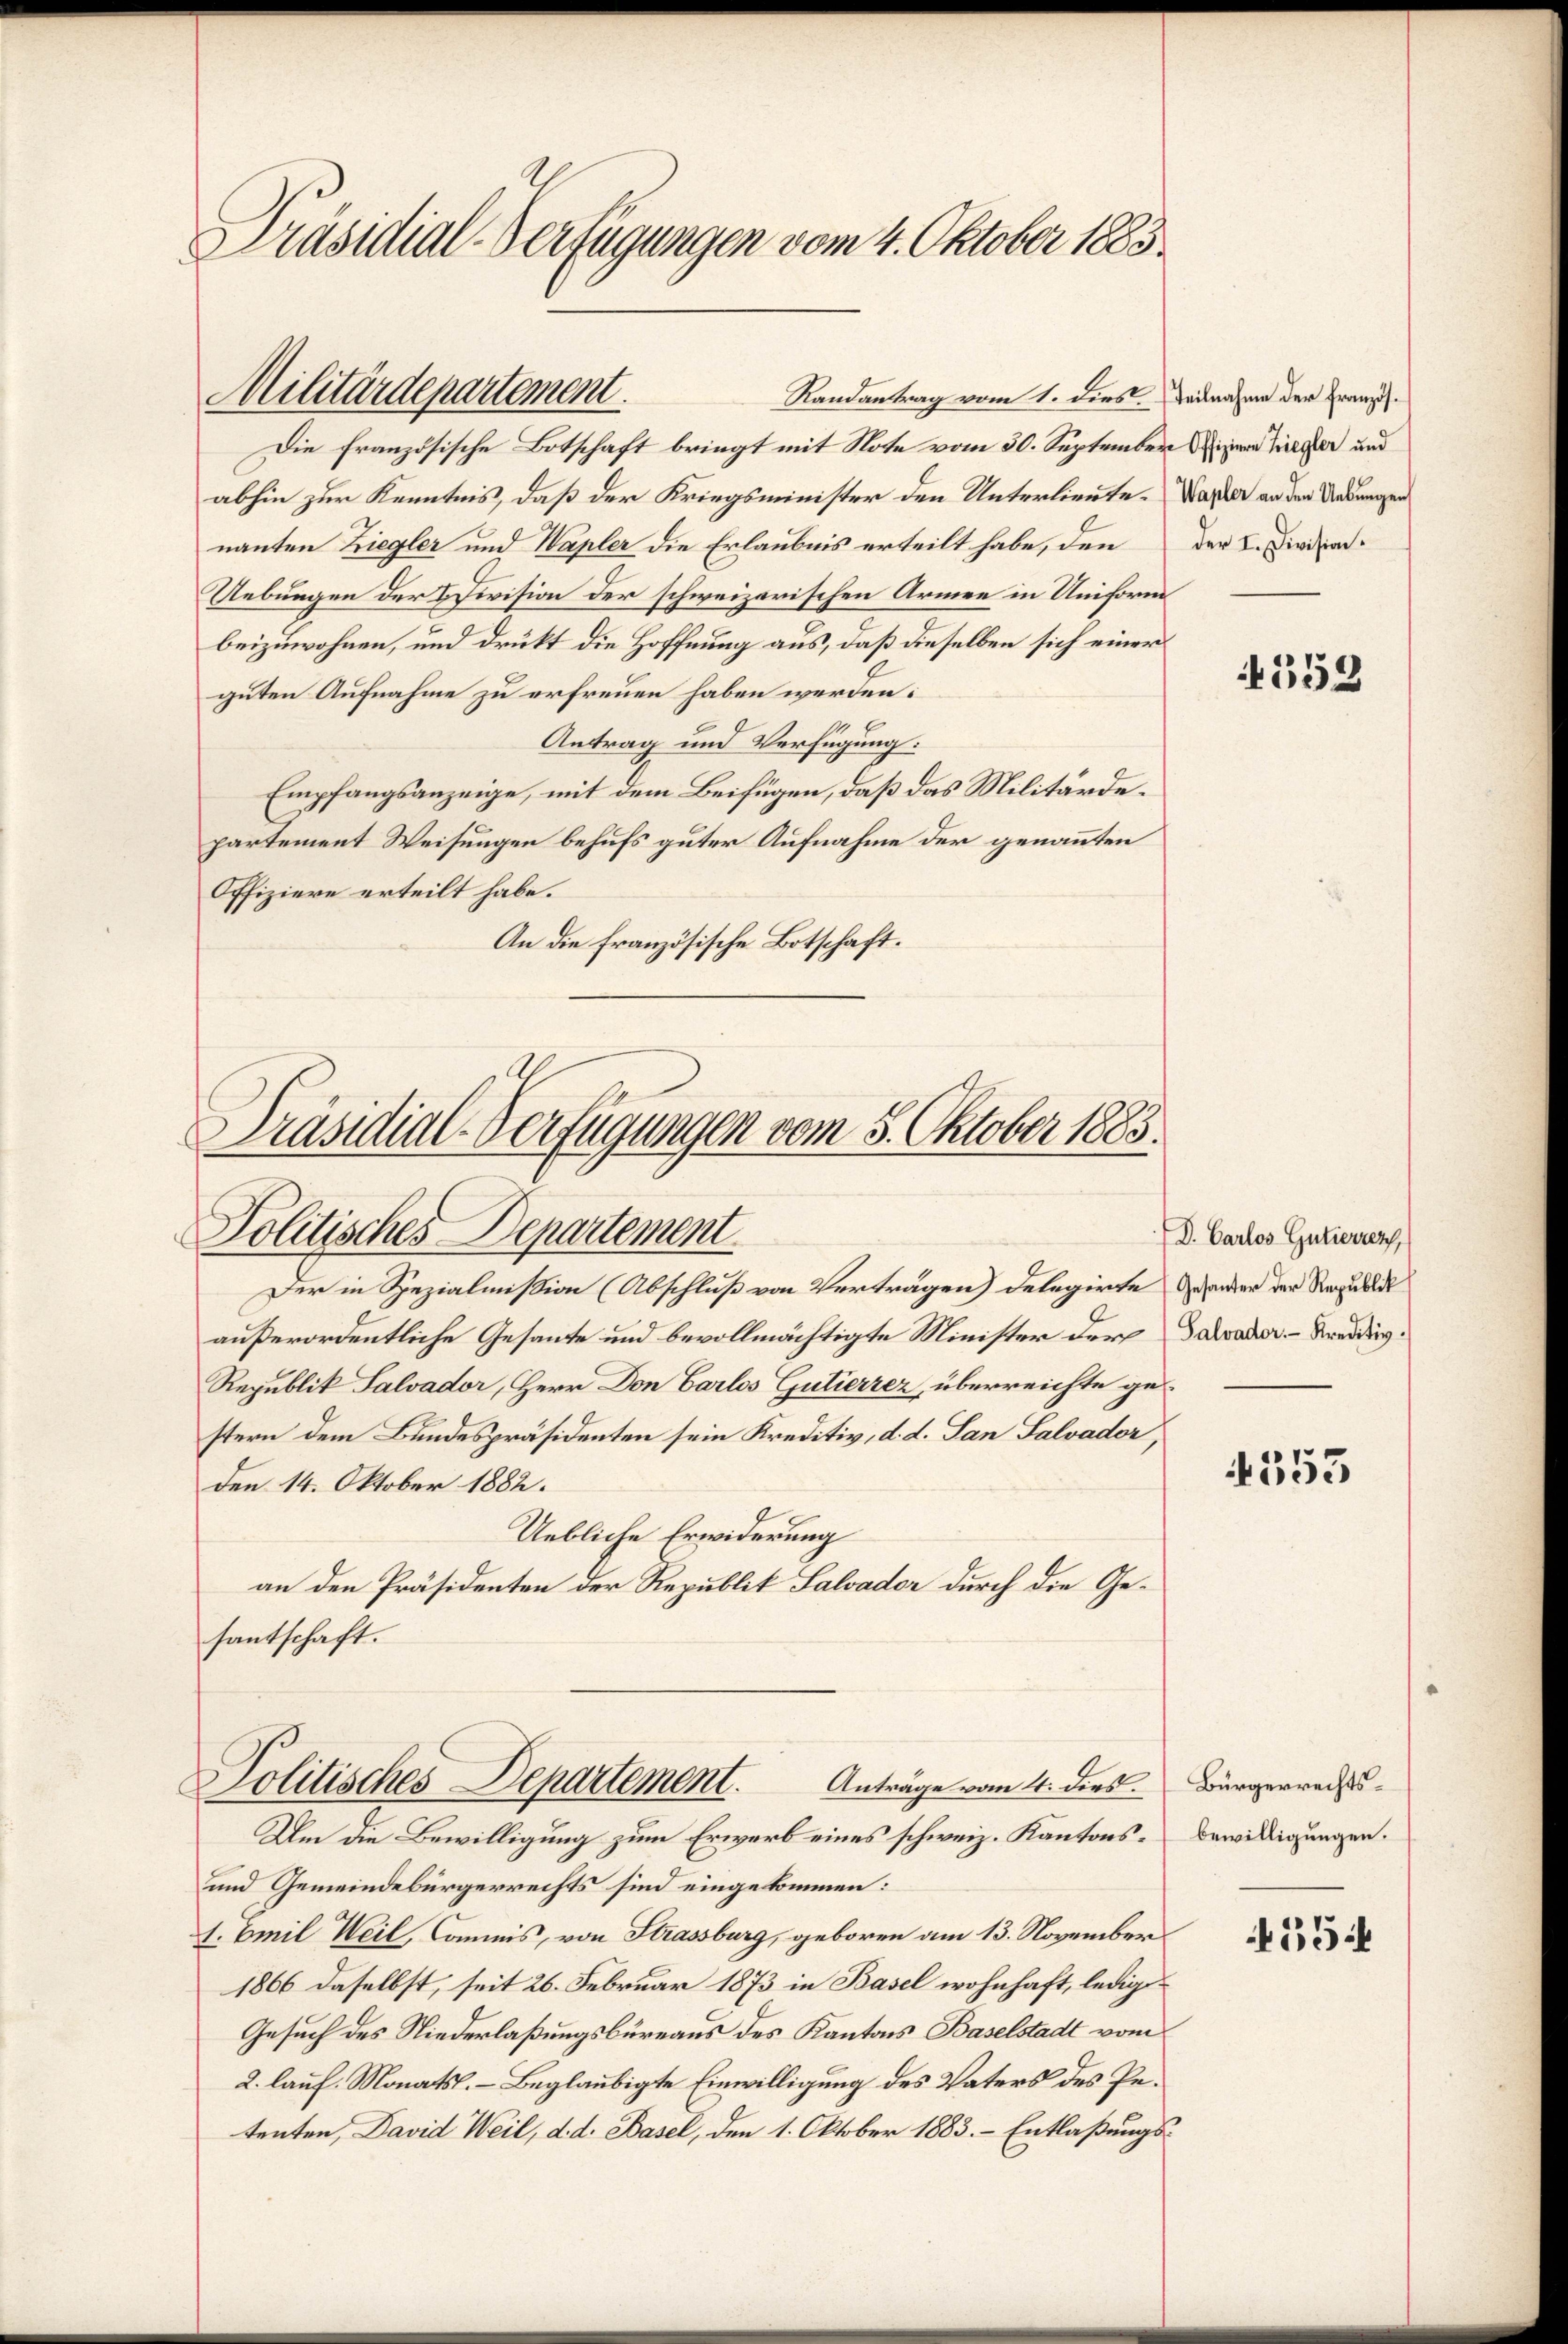
Präsidial-Verfügungen vom 4. Oktober 1883.

Die französische Botschaft bringt mit Note vom 30. September in lieger und
abhin zur Kenntnis, daß der Kriegsminister den Unterlieute. Wasser an der Uebungen
nanten Ziegler und Wapler die Erlaubnis erteilt habe, den
Uebungen der Division der schweizerischen Armee in Uniform
beizuwohnen, und drukt die Hoffnung aus, daß dieselben sich einer
guten Aufnahme zu erfreuen haben werden:
4
Antrag und Verfügung:
Empfangsanzeige, mit dem Beifügen, daß das Militärdepartement Weisungen behufs guter Aufnahme der genannten
Offiziere erteilt habe.
An die französische Botschaft.

Militärdepartement.
Randantrag vom 1. dies Teilnahme der Französ¬

Präsidial-Verfügungen vom 5. Oktober 1883.
Politisches Departement
Der in Spezialmißion (Abschluß von Vertragen) delegirte Gesander der Regulde

Politisches Departement. Anträge vom 4. dies Bürgerrechts¬
Um die Bewilligung zum Erwerb eines schweiz. Kantons-Bewilligungen.

und Gemeindebürgerrechts sind eingekommen:
1. Emil Weil, Commis, von Strassburg, geboren am 13. November
1866 daselbst, seit 26. Februar 1873 in Basel wohnhaft, ledig¬
Gesuch des Niederlaßungsbüreaus des Kantons Baselstadt vom
2. lauf. Monats. – Beglaubigte Einwilligung des Vaters des Petenten, David Weil, d. d. Basel, den 1. Oktober 1883. Entlaßungs¬

außerordentliche Gesante und bevollmächtigte Minister der akader Kredig¬
Republik Salvador, Herr Don Carlos Gutierrez, überreichte gestern dem Bundespräsidenten sein Kreditiv, d. d. San Salvader,
den 14. Oktober 1882.
Uebliche Erwiderung
an den Präsidenten der Republik Salvader durch die Gesantschaft.

der I. Division.

4553

D. Carlos Gutierren

353

554